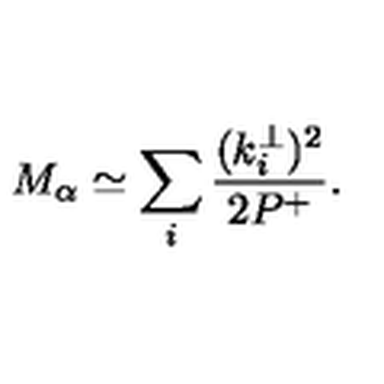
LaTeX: M _ { \alpha } \simeq \sum _ { i } \frac { ( k _ { i } ^ { \perp } ) ^ { 2 } } { 2 P ^ { + } } .